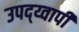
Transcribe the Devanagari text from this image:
उपद्य्वापी